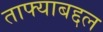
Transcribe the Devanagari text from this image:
ताफ्याबद्दल